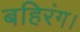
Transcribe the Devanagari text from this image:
बहिरंग।